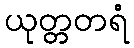
ယုတ္တတရံ